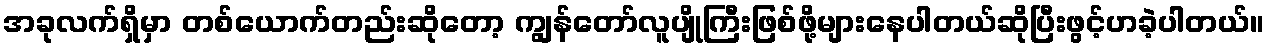
အခုလက်ရှိမှာ တစ်ယောက်တည်းဆိုတော့ ကျွန်တော်လူပျိုကြီးဖြစ်ဖို့များနေပါတယ်ဆိုပြီးဖွင့်ဟခဲ့ပါတယ်။